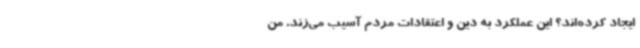
ایجاد کرده‌اند؟ این عملکرد به دین و اعتقادات مردم آسیب می‌زند. من